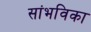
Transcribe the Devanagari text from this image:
सांभविका